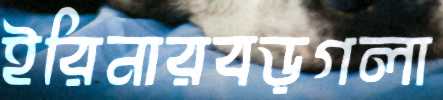
ইরিনারবড়গলা